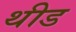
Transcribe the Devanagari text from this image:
थीड